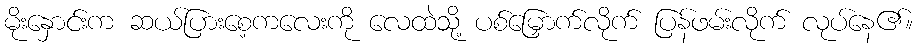
မိုးနှောင်းက ဆယ်ပြားစေ့ကလေးကို လေထဲသို့ ပစ်မြှောက်လိုက် ပြန်ဖမ်းလိုက် လုပ်နေ၏။